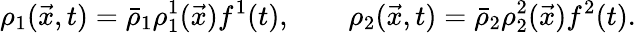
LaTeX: \rho_{1}(\vec{x},t)=\bar{\rho}_{1}\rho_{1}^{1}(\vec{x})f^{1}(t),\qquad\rho_{2}(\vec{x},t)=\bar{\rho}_{2}\rho_{2}^{2}(\vec{x})f^{2}(t).